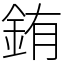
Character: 銪